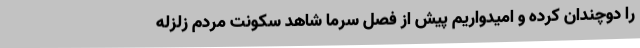
را دوچندان کرده و امیدواریم پیش از فصل سرما شاهد سکونت مردم زلزله